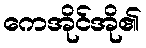
ကေအိုင်အို၏